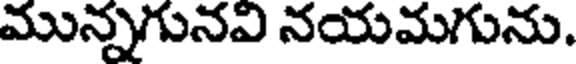
మున్నగునవి నయమగును.